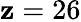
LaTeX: \mathbf{z}=26